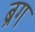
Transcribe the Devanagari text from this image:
ब्रग